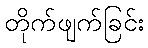
တိုက်ဖျက်ခြင်း